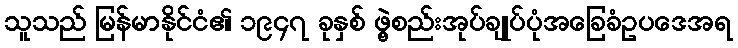
သူသည် မြန်မာနိုင်ငံ၏ ၁၉၄၇ ခုနှစ် ဖွဲ့စည်းအုပ်ချုပ်ပုံအခြေခံဥပဒေအရ